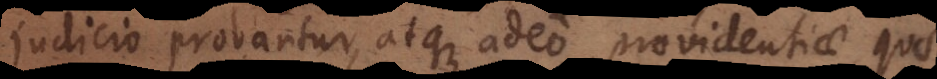
judicio probantur, atque adeo providentiae qua